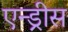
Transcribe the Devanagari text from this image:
एन्ड्रीस